system: You are a helpful assistant.
user:
Analyze the provided spectrum to determine if it is a **S-type Star**.

- **Key Indicators for S-type Star:**

    - **(Overall Spectrum Shape):** The first and most obvious characteristic is the overall continuum (the "baseline" shape). It is **extremely "red-sloping,"** meaning the flux (light intensity) is very low on the left side (blue, ~4000-4500 Å) and rises steeply and continuously toward the right side (red, ~7000 Å+).

    - **(Primary):** The spectrum is defined by the presence of strong, broad molecular absorption "valleys" (bands) from **Zirconium Oxide (ZrO)**. The identification of these bands is the **primary requirement** for classifying a star as S-type.
        - **(Key Bandheads):** You must find distinct, deep "dips" where the light has been absorbed. The most critical band systems to locate are:
            - **~6474 Å** ($\gamma$-system): This is often the strongest and clearest ZrO feature, found in the red part of the spectrum.
            - **~5718 Å** & **~5551 Å** ($\beta$-system): A pair of prominent absorption features in the yellow-orange part of the spectrum.
            - **~4640 Å** ($\alpha$-system): A key absorption band system in the blue-green region of the spectrum.

    - **(Secondary Confirmation):** The classification is strengthened by finding additional absorption bands from other related heavy element oxides, which are expected to be present alongside ZrO.
        - **(Key Bandheads):**
            - **Yttrium Oxide (YO):** Look for absorption dips near **~4800 Å** and **~6100 Å**.
            - **Lanthanum Oxide (LaO):** Additional absorption features, particularly in the red-orange part of the spectrum, are also characteristic.

    - **(Line Profile):** The combination of the steep red continuum and these numerous, deep molecular bands (ZrO, YO, etc.) gives the entire spectrum a very **"chopped-up"** or **"bumpy"** appearance. Instead of a smooth curve, the spectrum looks as though large, wide chunks of light have been "carved out" of it at the specific wavelengths listed above.

Think first, call **spectral_visualization_tool** if needed to examine features in detail, then provide your final answer. Your response must adhere to the following strict rules:
1.  **Overall Structure:** Your response must follow the format `<think>...</think> <tool_call>...</tool_call> (if a tool is used) <answer>...</answer>`.
2.  **Tool Usage Constraint:** You may only make **one** tool call per turn.
3.  **Final Answer Format:** In the `<answer>` tag, your conclusion must be inside a `\boxed{}` command (e.g., `\boxed{YES}` or `\boxed{NO}`), followed by your justification.

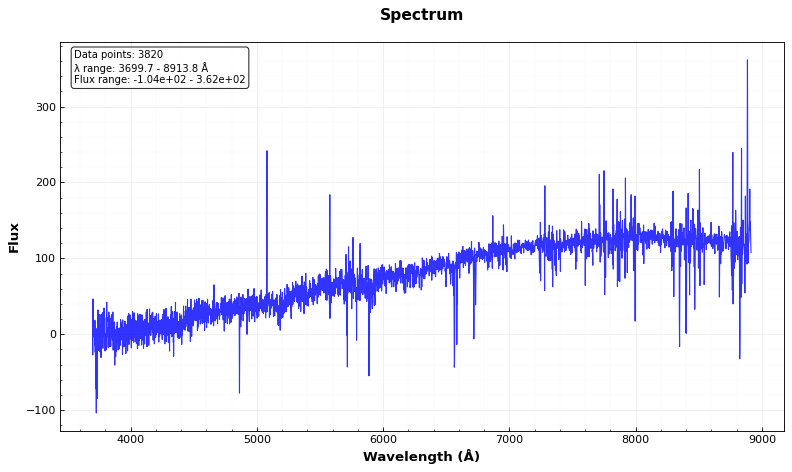
Answer: NO